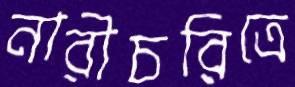
নারীচরিত্রে